Report of the Indian Hemp Drugs Commission, 1894-1895 - Volume V
Year: 1894
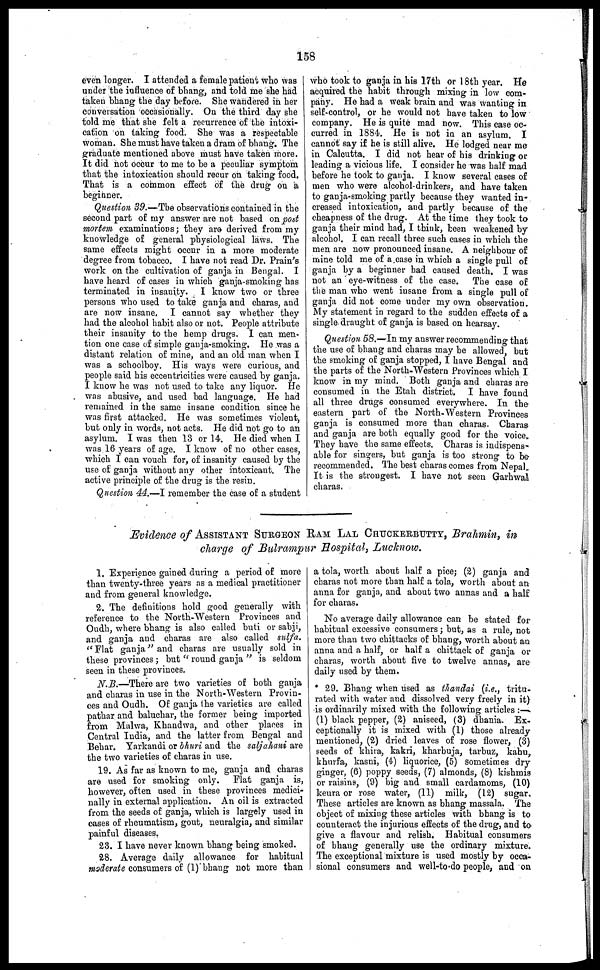
158
even longer. I attended a female patient who was
under the influence of bhang, and told me she had
taken bhang the day before. She wandered in her
conversation occasionally. On the third day she
told me that she felt a recurrence of the intoxi-
cation on taking food. She was a respectable
woman. She must have taken a dram of bhang. The
graduate mentioned above must have taken more.
It did not occur to me to be a peculiar symptom
that the intoxication should recur on taking food.
That is a common effect of the drug on a
beginner.
Question 39.—The observations contained in the
second part of my answer are not based on post
mortem examinations; they are derived from my
knowledge of general physiological laws. The
same effects might occur in a more moderate
degree from tobacco. I have not read Dr. Prain's
work on the cultivation of ganja in Bengal. I
have heard of cases in which ganja-smoking has
terminated in insanity. I know two or three
persons who used to take ganja and charas, and
are now insane. I cannot say whether they
had the alcohol habit also or not. People attribute
their insanity to the hemp drugs. I can men-
tion one case of simple ganja-smoking. He was a
distant relation of mine, and an old man when I
was a schoolboy. His ways were curious, and
people said his eccentricities were caused by ganja.
I know he was not used to take any liquor. He
was abusive, and used bad language. He had
remained in the same insane condition since he
was first attacked. He was sometimes violent,
but only in words, not acts. He did not go to an
asylum. I was then 13 or 14. He died when I
was 16 years of age. I know of no other cases,
which I can vouch for, of insanity caused by the
use of ganja without any other intoxicant. The
active principle of the drug is the resin.
Question 44.—I remember the case of a student
who took to ganja in his 17th or 18th year. He
acquired the habit through mixing in low com-
pany. He had a weak brain and was wanting in
self-control, or he would not have taken to low
company. He is quite mad now. This case oc-
curred in 1884. He is not in an asylum. I
cannot say if he is still alive. He lodged near me
in Calcutta. I did not hear of his drinking or
leading a vicious life. I consider he was half mad
before he took to ganja. I know several eases of
men who were alcohol-drinkers, and have taken
to ganja-smoking partly because they wanted in-
creased intoxication, and partly because of the
cheapness of the drug. At the time they took to
ganja their mind had, I think, been weakened by
alcohol. I can recall three such cases in which the
men are now pronounced insane. A neighbour of
mine told me of a case in which a single pull of
ganja by a beginner had caused death. I was
not an eye-witness of the case. The case of
the man who went insane from a single pull of
ganja did not come under my own observation.
My statement in regard to the sudden effects of a
single draught of ganja is based on hearsay.
Question 58.—In my answer recommending that
the use of bhang and charas may be allowed, but
the smoking of ganja stopped, I have Bengal and
the parts of the North-Western Provinces which I
know in my mind. Both ganja and charas are
consumed in the Etah district. I have found
all three drugs consumed everywhere. In the
eastern part of the North-Western Provinces
ganja is consumed more than charas. Charas
and ganja are both equally good for the voice.
They have the same effects. Charas is indispens-
able for singers, but ganja is too strong to be
recommended. The best charas comes from Nepal.
It is the strongest. I have not seen Garhwal
charas.
Evidence of ASSISTANT SURGEON RAM LAL CHUCKERBUTTY, Brahmin, in
charge of Bulrampur Hospital, Lucknow.
1. Experience gained during a period of more
than twenty-three years as a medical practitioner
and from general knowledge.
2. The definitions hold good generally with
reference to the North-Western Provinces and
Oudh, where bhang is also called buti or sabji,
and ganja and charas are also called sulfa.
"Flat ganja" and charas are usually sold in
these provinces; but "round ganja" is seldom
seen in these provinces.
N. B.—There are two varieties of both ganja
and charas in use in the North-Western Provin-
ces and Oudh. Of ganja the varieties are called
pathar and baluchar, the former being imported
from Malwa, Khandwa, and other places in
Central India, and the latter from Bengal and
Behar. Yarkandi or bhuri and the saljahani are
the two varieties of charas in use.
19. As far as known to me, ganja and charas
are used for smoking only. Flat ganja is,
however, often used in these provinces medici-
nally in external application. An oil is extracted
from the seeds of ganja, which is largely used in
cases of rheumatism, gout, neuralgia, and similar
painful diseases.
23. I have never known bhang being smoked.
28. Average daily allowance for habitual
moderate consumers of (1) bhang not more than
a tola, worth about half a pice; (2) ganja and
charas not more than half a tola, worth about an
anna for ganja, and about two annas and a half
for charas.
No average daily allowance can be stated for
habitual excessive consumers; but, as a rule, not
more than two chittacks of bhang, worth about an.
anna and a half, or half a chittack of ganja or
charas, worth about five to twelve annas, are
daily used by them.
29. Bhang when used as thandai (i.e., tritu-
rated with water and dissolved very freely in it)
is ordinarily mixed with the following articles :—
(1) black pepper, (2) aniseed, (3) dhania. Ex-
ceptionally it is mixed with (1) those already
mentioned, (2) dried leaves of rose flower, (3)
seeds of khira, kakri, kharbuja, tarbuz, kahu,
khurfa, kasni, (4) liquorice, (5) sometimes dry
ginger, (6) poppy seeds, (7) almonds, (8) kishmis
or raisins, (9) big and small cardamoms, (10)
keura or rose water, (11) milk, (12) sugar.
These articles are known as bhang massala. The
object of mixing these articles with bhang is to
counteract the injurious effects of the drug, and to
give a flavour and relish. Habitual consumers
of bhang generally use the ordinary mixture.
The exceptional mixture is used mostly by occa-
sional consumers and well-to-do people, and on